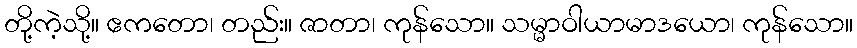
တို့ကဲ့သို့။ ဧကတော၊ တည်း။ ဇာတာ၊ ကုန်သော။ သမ္မာဝါယာမာဒယော၊ ကုန်သော။